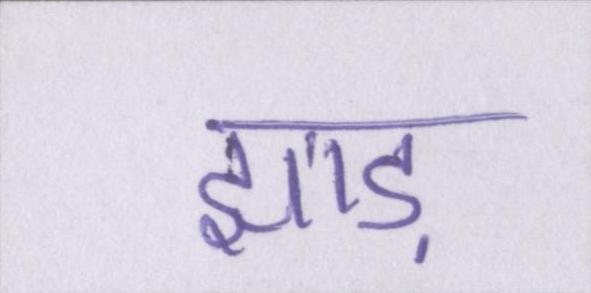
झाड़